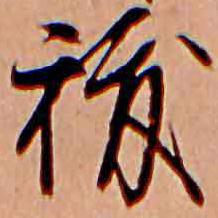
秡